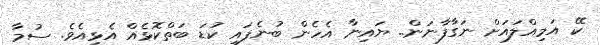
ކޭ އަމިއްލައަށް ނަގާފާނަން.. ޔައިނާ އެހެން ބުނެފައި ކުޑަ ބަތްކޮޅެއް އެޅިއެވެ. ސުމާ